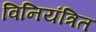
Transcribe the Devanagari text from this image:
विनियंत्रित